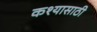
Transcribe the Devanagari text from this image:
कश्यासाठी